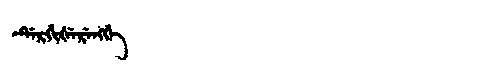
Manchu: ᡩᡝᡵᡤᡳᡧᡝᡵᡝᠩᡤᡝ
Romanization: DERGIŠERENGGE